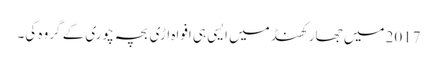
2017 میں جھارکھنڈ میں ایسی ہی افواہ اڑی بچہ چوری کے گروہ کی۔